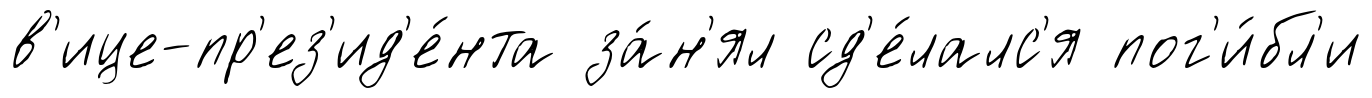
в'ице-пр'ез'ид'е́нта за́н'ял сд'е́лалс'я пог'и́бл'и